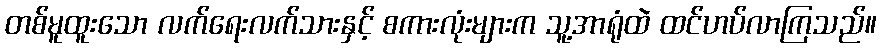
တစ်မူထူးသော လက်ရေးလက်သားနှင့် စကားလုံးများက သူ့အာရုံထဲ ထင်ဟပ်လာကြသည်။